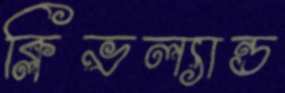
ক্লিভল্যান্ড